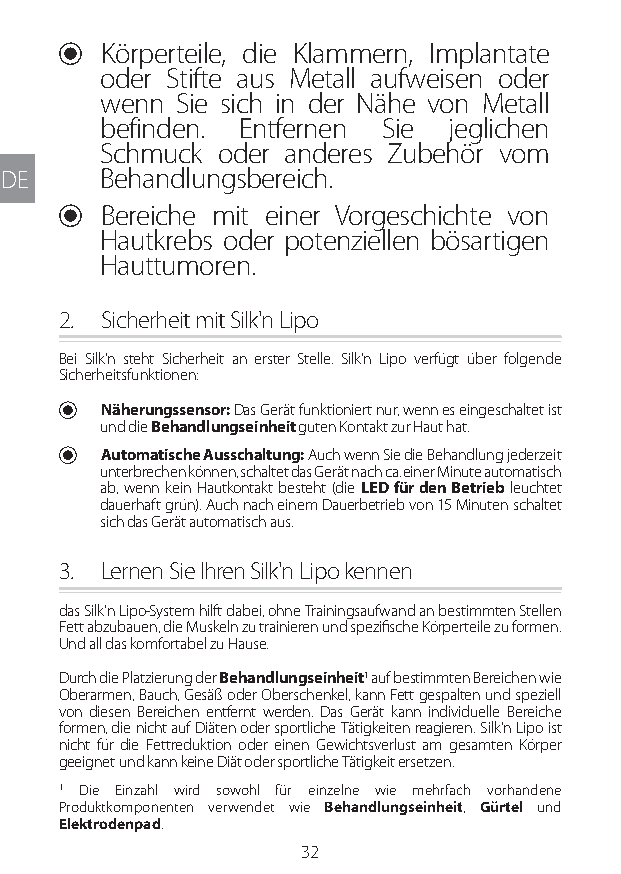
U Körperteile, die Klammern, Implantate
 oder Stifte aus Metall aufweisen oder
 wenn Sie sich in der Nähe von Metall
 befinden. Entfernen Sie jeglichen
 Schmuck oder anderes Zubehör vom
 DE    Behandlungsbereich.
 U Bereiche mit einer Vorgeschichte von
 Hautkrebs oder potenziellen bösartigen
 Hauttumoren.
 2. Sicherheit mit Silk'n Lipo
 Bei Silk'n steht Sicherheit an erster Stelle. Silk'n Lipo verfügt über folgende
 Sicherheitsfunktionen:
 U Näherungssensor: Das Gerät funktioniert nur, wenn es eingeschaltet ist
 und die Behandlungseinheit guten Kontakt zur Haut hat.
 U Automatische Ausschaltung: Auch wenn Sie die Behandlung jederzeit
 unterbrechen können, schaltet das Gerät nach ca. einer Minute automatisch
 ab, wenn kein Hautkontakt besteht (die LED für den Betrieb leuchtet
 dauerhaft grün). Auch nach einem Dauerbetrieb von 15 Minuten schaltet
 sich das Gerät automatisch aus.
 3. Lernen Sie Ihren Silk'n Lipo kennen
 das Silk'n Lipo-System hilft dabei, ohne Trainingsaufwand an bestimmten Stellen
 Fett abzubauen, die Muskeln zu trainieren und spezifische Körperteile zu formen.
 Und all das komfortabel zu Hause.
 Durch die Platzierung der Behandlungseinheit1 auf bestimmten Bereichen wie
 Oberarmen, Bauch, Gesäß oder Oberschenkel, kann Fett gespalten und speziell
 von diesen Bereichen entfernt werden. Das Gerät kann individuelle Bereiche
 formen, die nicht auf Diäten oder sportliche Tätigkeiten reagieren. Silk'n Lipo ist
 nicht für die Fettreduktion oder einen Gewichtsverlust am gesamten Körper
 geeignet und kann keine Diät oder sportliche Tätigkeit ersetzen.
 1 Die Einzahl wird sowohl für einzelne wie mehrfach vorhandene
 Produktkomponenten verwendet wie Behandlungseinheit, Gürtel und
 Elektrodenpad.
 32
 Lipo UM EU124 3545B inside ALL EU124 ED296-24 release.indd 32 14/08/2018 10:57:33